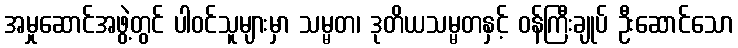
အမှုဆောင်အဖွဲ့တွင် ပါဝင်သူများမှာ သမ္မတ၊ ဒုတိယသမ္မတနှင့် ဝန်ကြီးချုပ် ဦးဆောင်သော